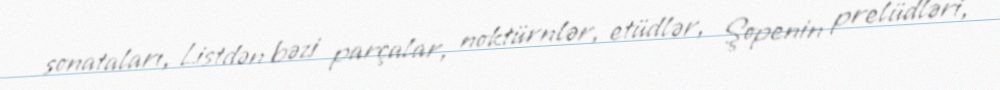
sonataları, Listdən bəzi parçalar, noktürnlər, etüdlər, Şopenin prelüdləri,